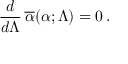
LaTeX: { \frac { d } { d \Lambda } } \, \overline { { \alpha } } ( \alpha ; \Lambda ) = 0 \, .